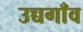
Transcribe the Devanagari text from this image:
उच्चगाँव